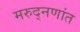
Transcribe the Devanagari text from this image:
मरुद्नणांत